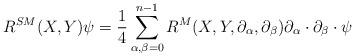
LaTeX: \begin{align*}R^{SM}(X,Y)\psi=\frac{1}{4}\sum_{\alpha,\beta=0}^{n-1}R^M(X,Y,\partial_{\alpha},\partial_{\beta})\partial_{\alpha}\cdot \partial_{\beta}\cdot \psi\end{align*}